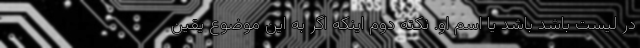
در لیست باشد باشد یا اسم او. نکته دوم اینکه اگر به این موضوع یقین